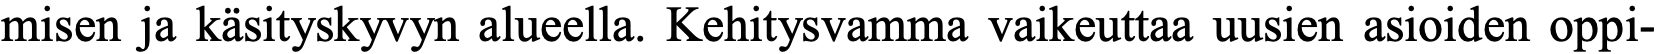
misen ja käsityskyvyn alueella. Kehitysvamma vaikeuttaa uusien asioiden oppi-